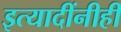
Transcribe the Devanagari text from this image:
इत्यादींनीही